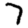
Digit: 7